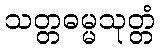
သတ္တဓမ္မသုတ္တံ